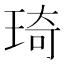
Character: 琦